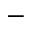
^ { - }